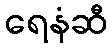
ရေနံဆီ